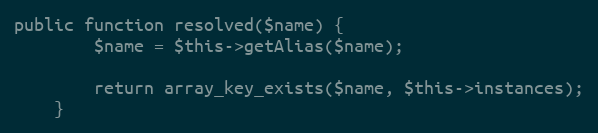
Language: PHP
public function resolved($name) {
		$name = $this->getAlias($name);

		return array_key_exists($name, $this->instances);
	}